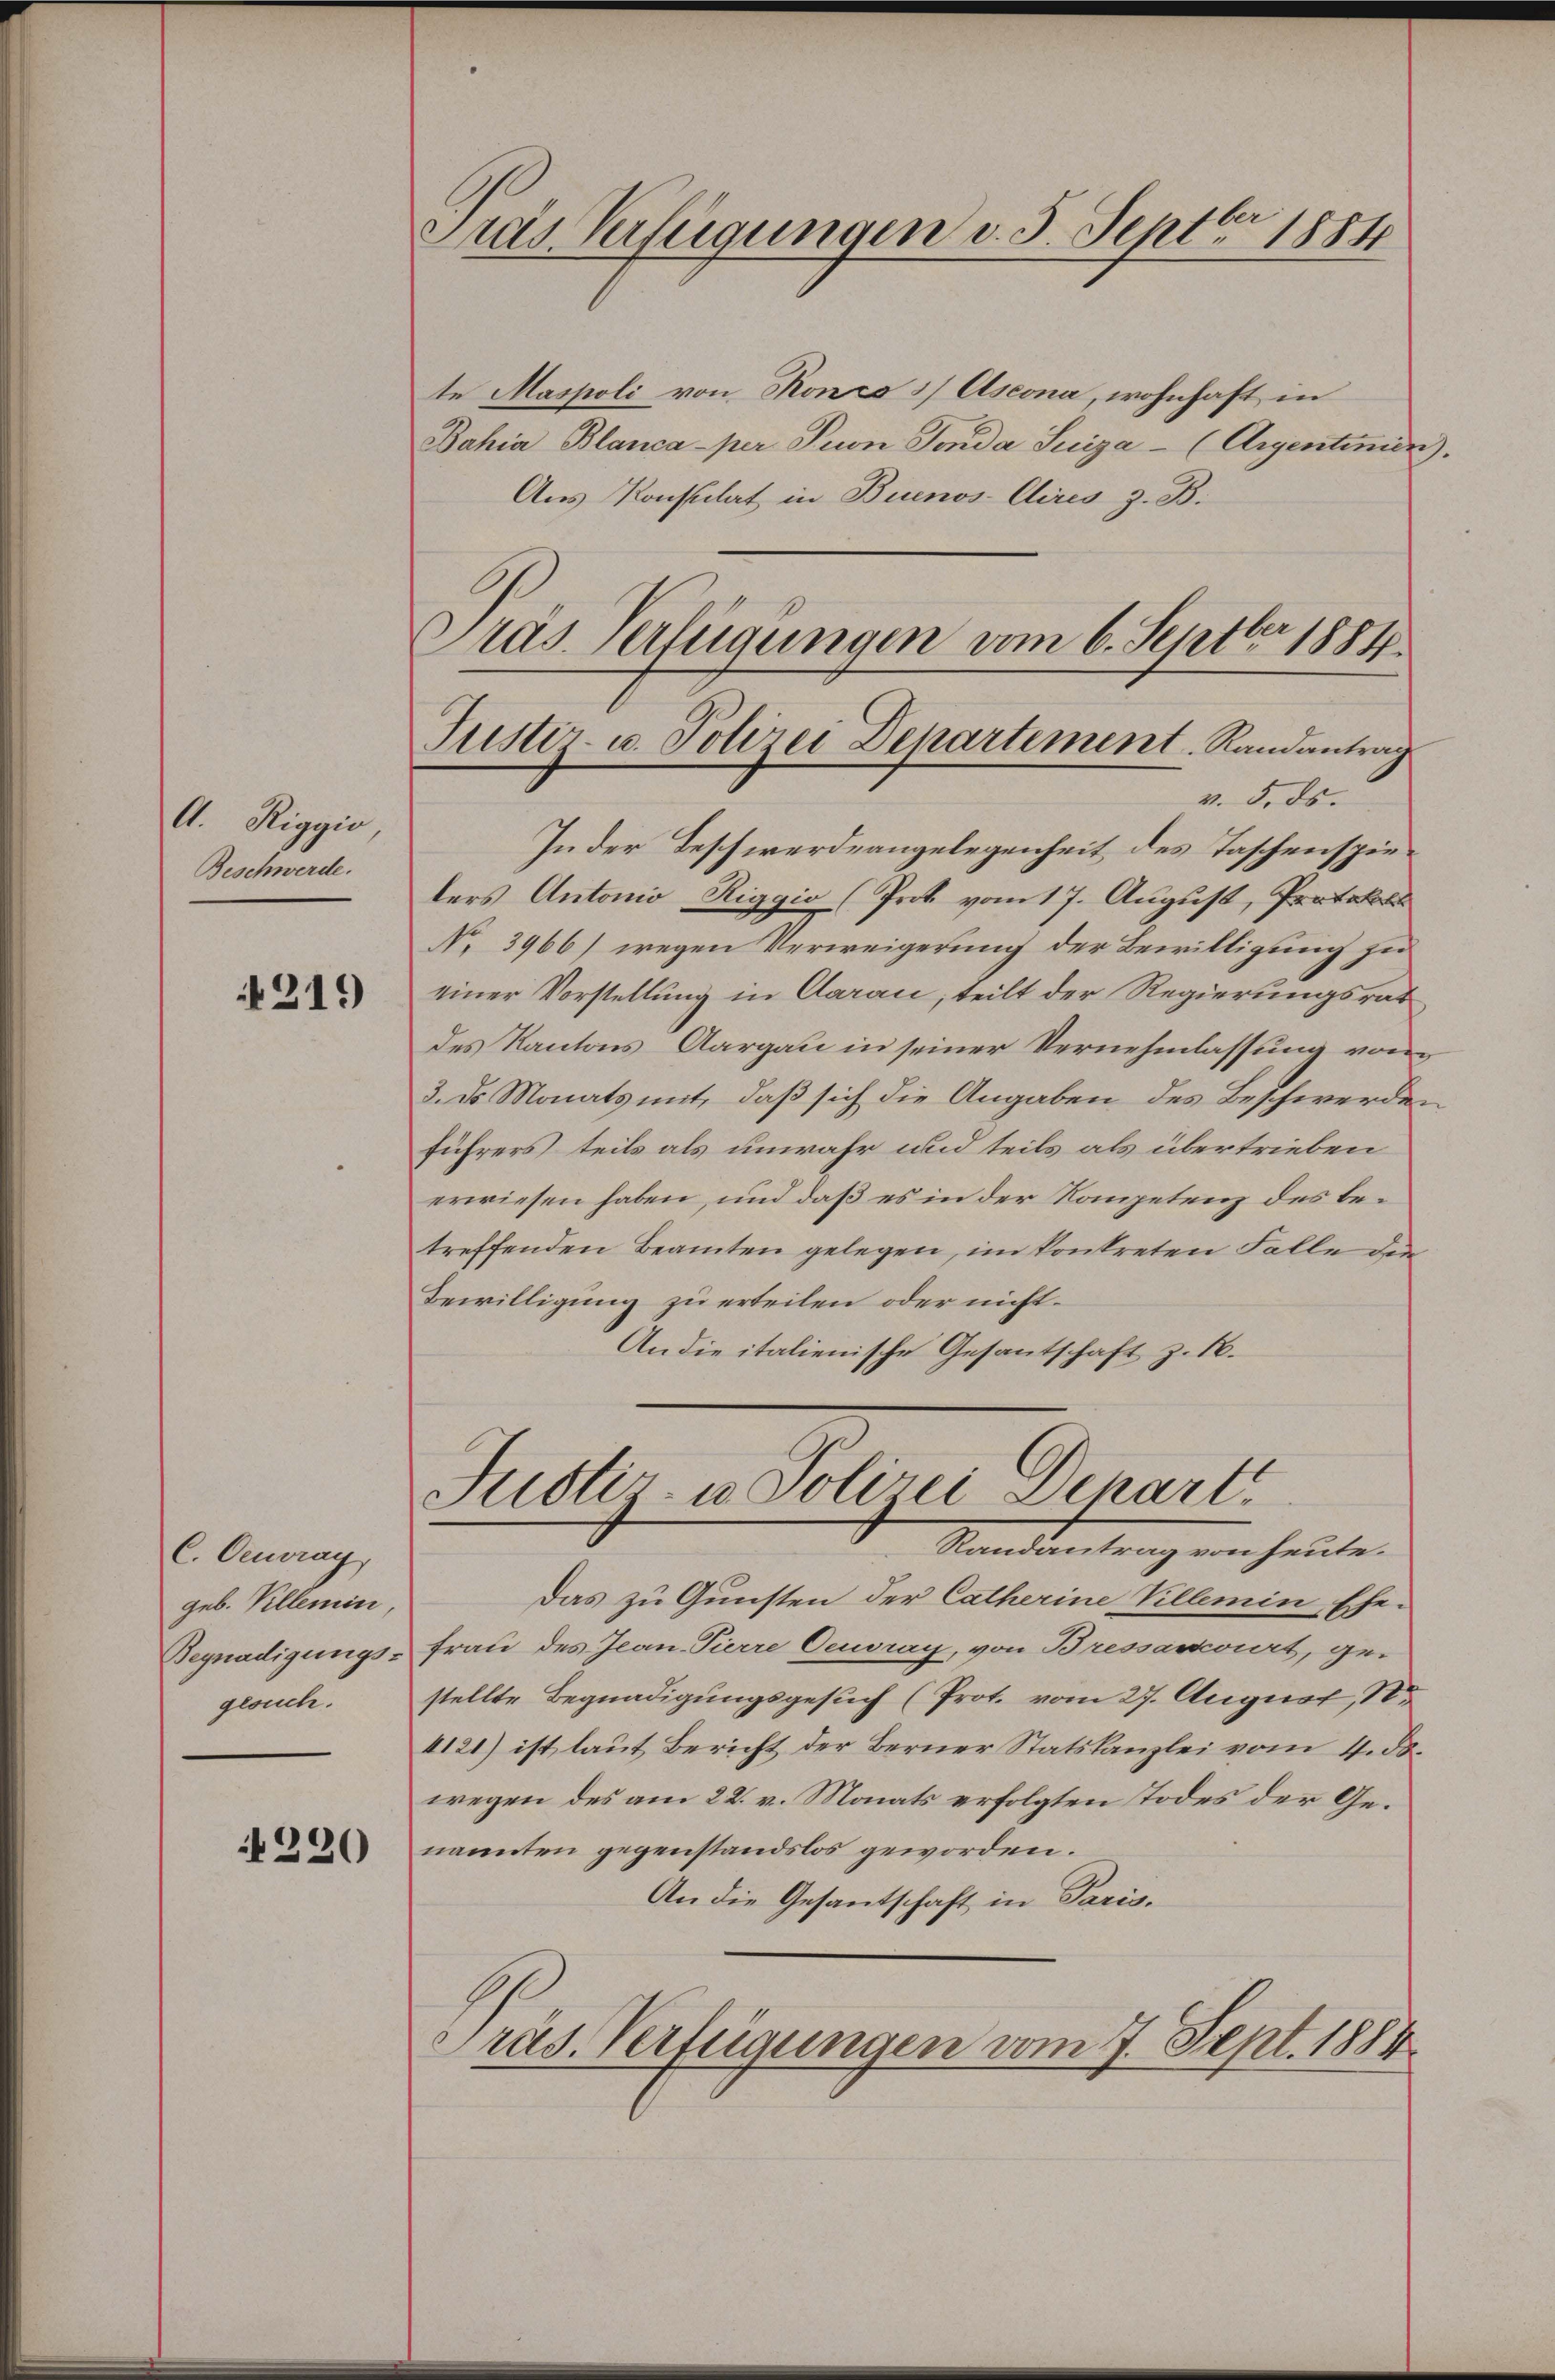
A. Riggio
Beschwerde.

219

C. Centrag
geb. Villemin,
Begnadigungs-
gesuch.

220

te Maspoli von Koncs / Aseona, wohnhaft in
Bahia Blanca per Pron Tenda Suiga - (Argentinien).
Aus Konsulat in Buenos Aires z. B.
Pras Verfügungen vom 6. Septbr 1884.

Pras Verfügungen d. 5. Septbr 1884

Justiz- u. Polizei Departement. Randantrag
v. 5. ds.
In der Beschwerdeangelegenheit des Taschenspielers Antonio Riggio (Prok vom 17. August, Protokoll

No. 3966) wegen Verweigerung der Bewilligung zu
einer Vorstellung in Aarau, teilt der Regierungsrat
des Kantons Aargau in seiner Vernehmlassung vom
3. es Monats mit, daß sich die Angaben des Beschwerden
führers teils als unwahr und teils als übertrieben
erwiesen haben, und daß es in der Kompetenz des betreffenden Beamten gelegen, im konkreten Falle der
Bewilligung zu erteilen oder nicht.
An die italienische Gesantschaft z. B.

Justiz- u Polizei Depart
Randantrag von heute.

Das zu Gunsten der Catherine Villemin Ehe-
Frau des Jean Pierre Oeuoray, von Bressancourt, ge-
stellte Begnadigungsgesuch (Prot. vom 27. August, S.
4121) ist laut Bericht der Berner Statskanzlei vom 4. ds.
wegen des am 22. v. Monats erfolgten Todes der Genannten gegenstandslos geworden.
An die Gesantschaft in Paris.
Präs. Verfügungen vom 7. Sept. 1884